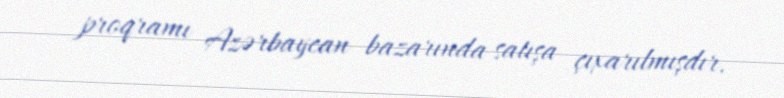
proqramı Azərbaycan bazarında satışa çıxarılmışdır.